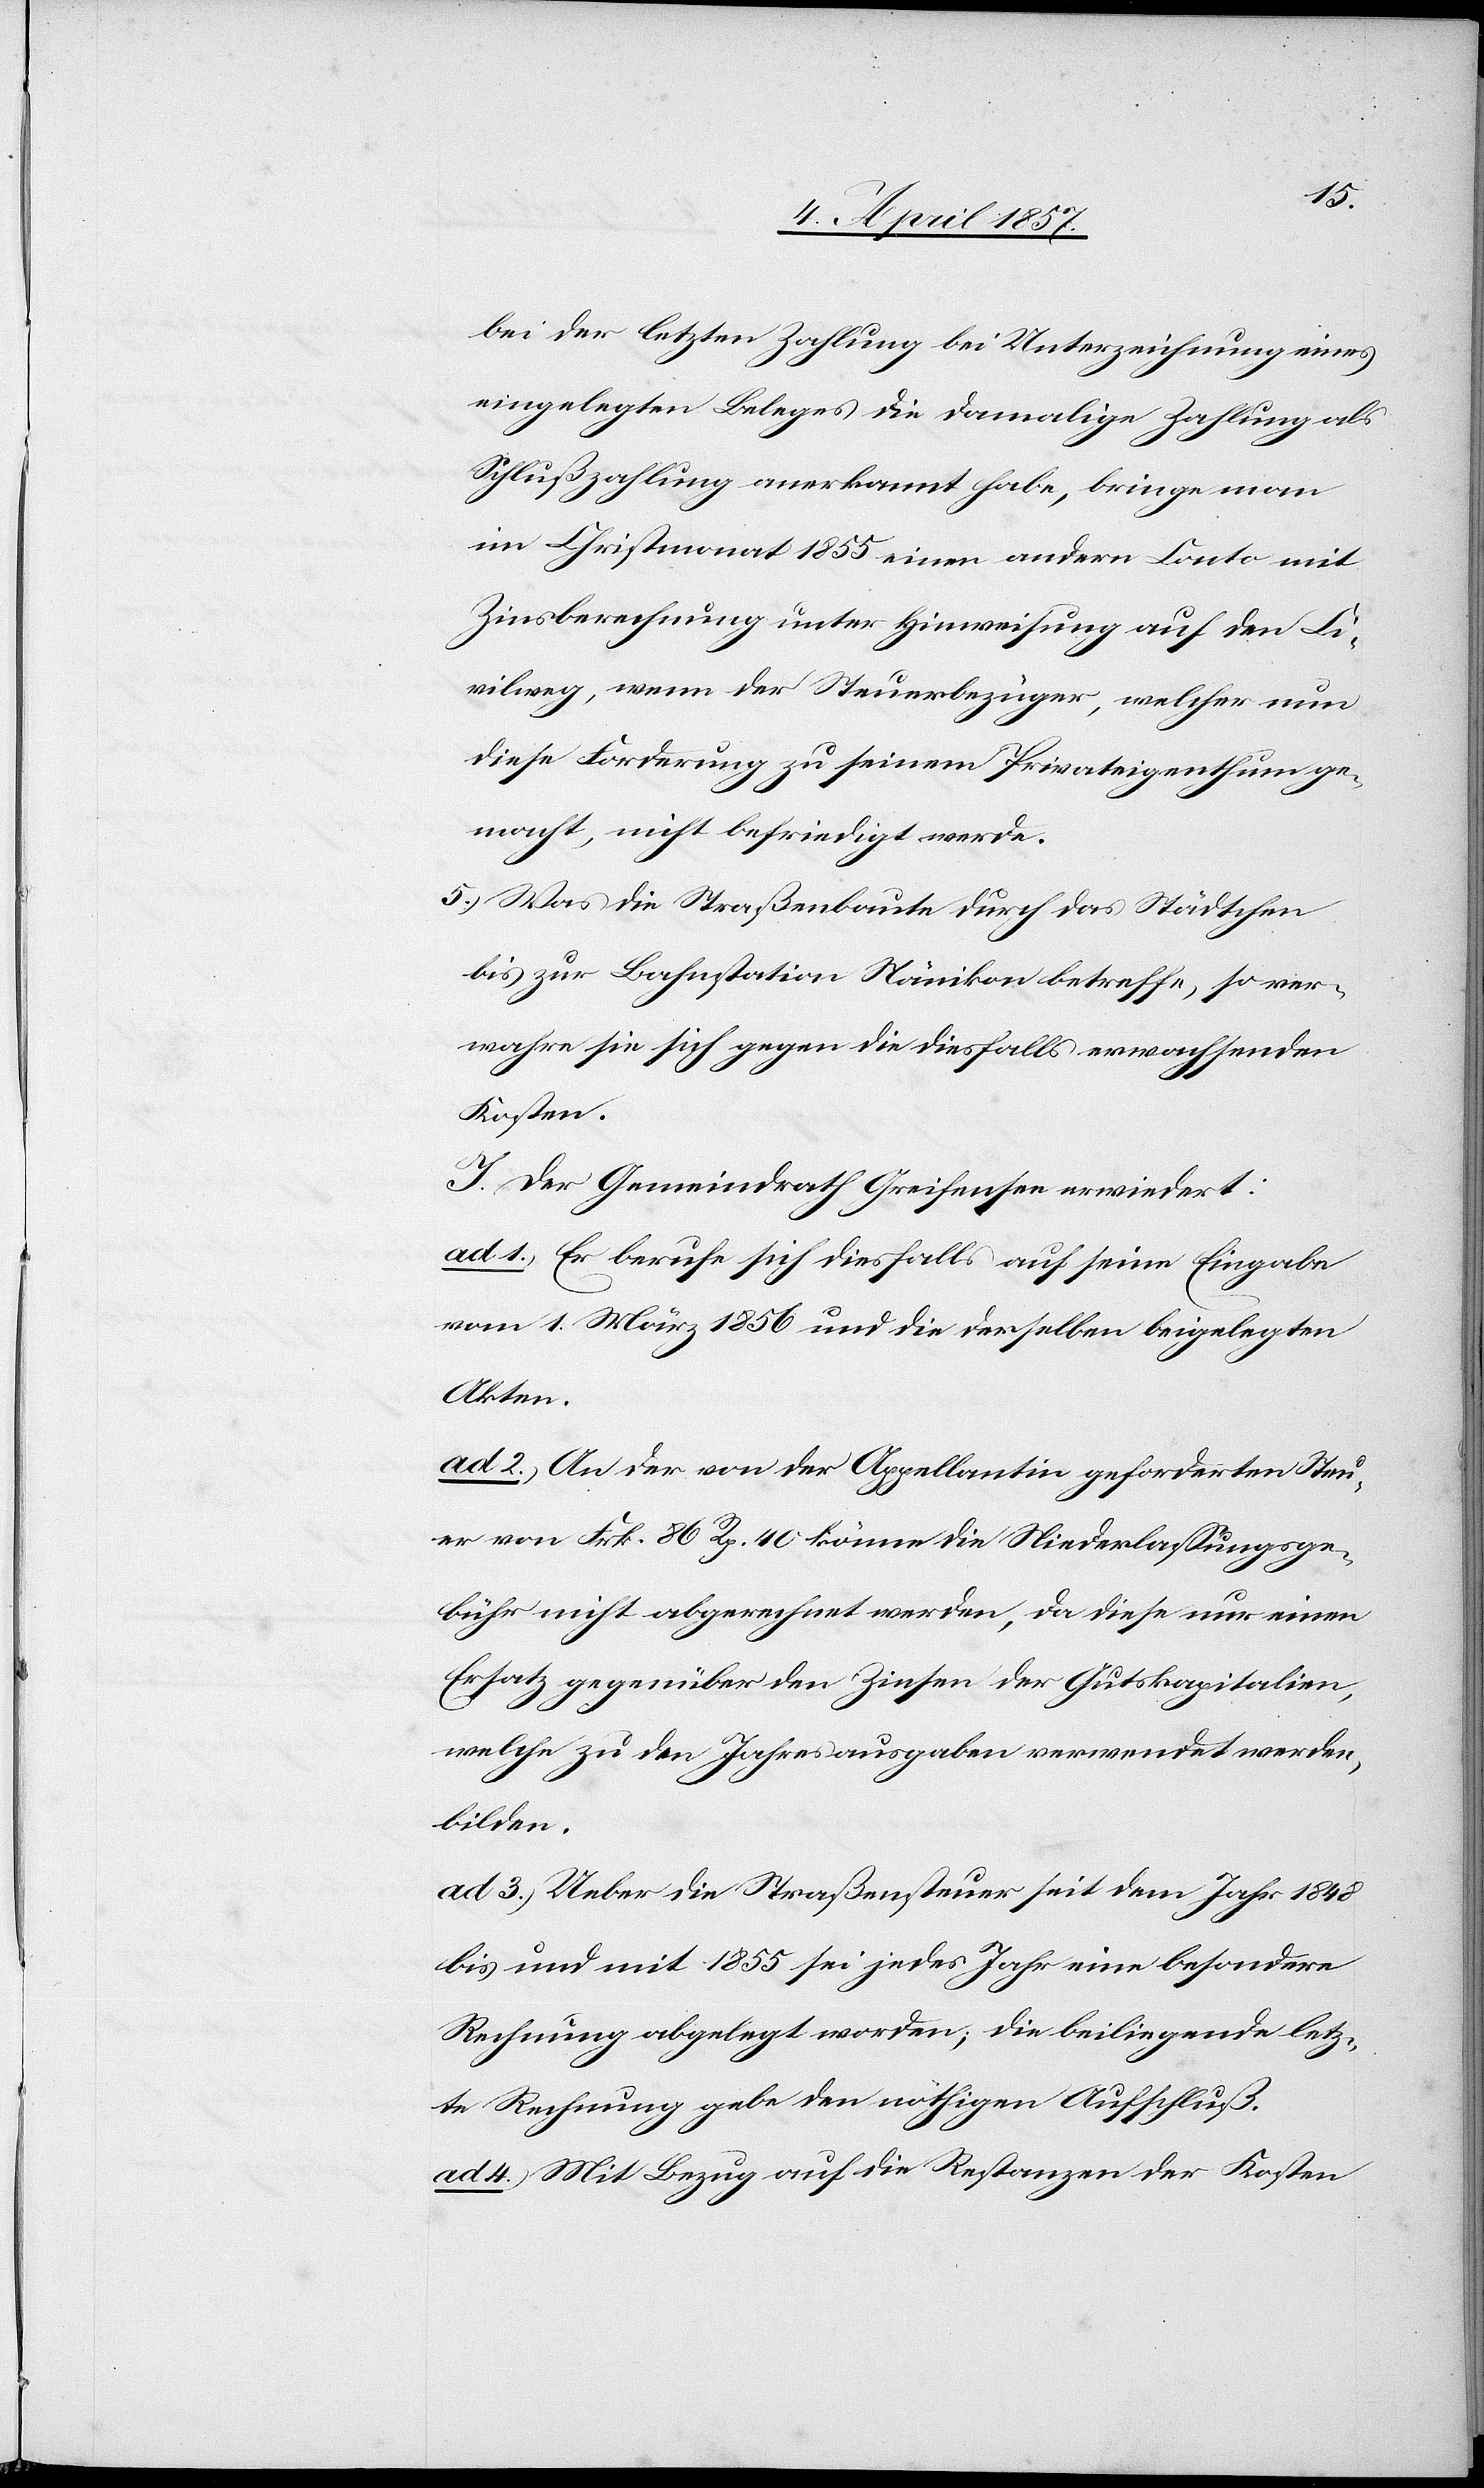
bei der letzten Zahlung bei Unterzeichnung eines
eingelegten Beleges die damalige Zahlung als
Schlußzahlung anerkannt habe, bringe man
im Christmonat 1855 einen andern Conto mit
Zinsberechnung unter Hinweisung auf den Ci¬
vilweg, wenn der Steuerbezüger, welcher nun
diese Forderung zu seinem Privateigenthum ge¬
macht, nicht befriedigt werde.
5.) Was die Straßenbaute durch das Städtchen
bis zur Bahnstation Nänikon betreffe, so ver¬
wahre sie sich gegen die diesfalls erwachsenden
Kosten.
I. Der Gemeindrath Greifensee erwiedert:
ad 1.) Er berufe sich diesfalls auf seine Eingabe
vom 1. März 1856 und die derselben beigelegten
Akten.
ad 2.) An der von der Appellantin geforderten Steu¬
er von Frk. 86 Rp. 40 könne die Niederlassungsge¬
bühr nicht abgerechnet werden, da diese nur einen
Ersatz gegenüber den Zinsen der Gutskapitalien,
welche zu den Jahresausgaben verwendet werden,
bilden.
ad 3.) Ueber die Straßensteuer seit dem Jahr 1848
bis und mit 1855 sei jedes Jahr eine besondere
Rechnung abgelegt worden; die beiliegende letz¬
te Rechnung gebe den nöthigen Aufschluß.
ad 4.) Mit Bezug auf die Restanzen der Kosten